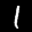
Label: 1